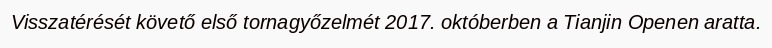
Visszatérését követő első tornagyőzelmét 2017. októberben a Tianjin Openen aratta.